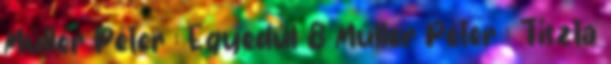
Müller Péter : Egyedül 8 Müller Péter : Tiszta